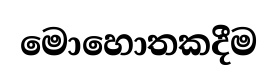
මොහොතකදීම